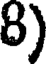
8)